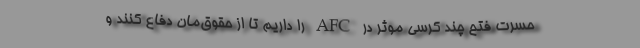
حسرت فتح چند کُرسی موثر در AFC را داریم تا از حقوق‌مان دفاع کنند و